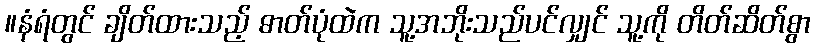
။နံရံတွင် ချိတ်ထားသည့် ဓာတ်ပုံထဲက သူ့အဘိုးသည်ပင်လျှင် သူ့ကို တိတ်ဆိတ်စွာ